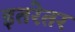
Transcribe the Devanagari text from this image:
इतरेतर